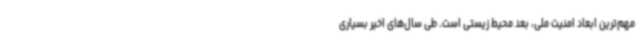
مهم‌ترین ابعاد امنیت ملی، بعد محیط زیستی است. طی سال‌های اخیر بسیاری